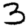
Digit: 3